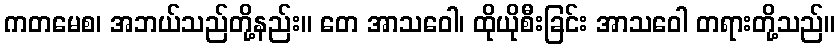
ကတမေစ၊ အဘယ်သည်တို့နည်း။ တေ အာသဝေါ၊ ထိုယိုစီးခြင်း အာသဝေါ တရားတို့သည်။